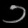
Digit: ၁